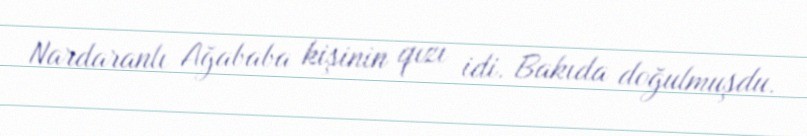
Nardaranlı Ağababa kişinin qızı idi. Bakıda doğulmuşdu.